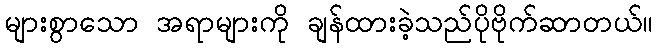
များစွာသော အရာများကို ချန်ထားခဲ့သည်ပိုဗိုက်ဆာတယ်။